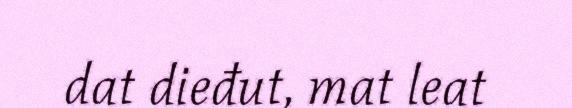
dat dieđut, mat leat